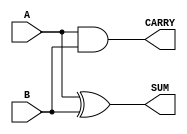
module half_adder #(
    parameter WIDTH = 1 // Parameter for input and output width
) (
    input  [WIDTH-1:0] A,    // Input A
    input  [WIDTH-1:0] B,    // Input B
    output [WIDTH-1:0] SUM,   // Output SUM
    output CARRY              // Output CARRY
);

// Combinational logic for SUM and CARRY
assign SUM = A ^ B;         // SUM is the XOR of A and B
assign CARRY = A & B;       // CARRY is the AND of A and B

endmodule